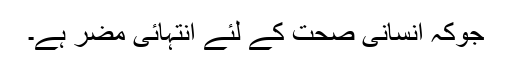
جوکہ انسانی صحت کے لئے انتہائی مضر ہے۔